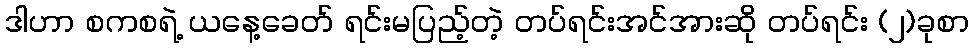
ဒါဟာ စကစရဲ့ ယနေ့ခေတ် ရင်းမပြည့်တဲ့ တပ်ရင်းအင်အားဆို တပ်ရင်း (၂)ခုစာ